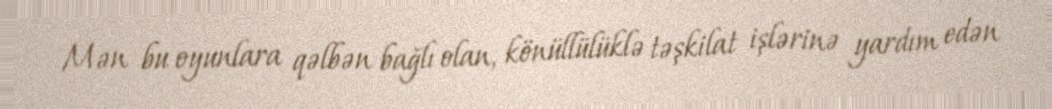
Mən bu oyunlara qəlbən bağlı olan, könüllülüklə təşkilat işlərinə yardım edən